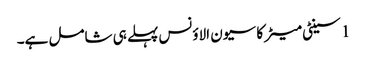
1 سینٹی میٹر کا سیون الاؤنس پہلے ہی شامل ہے۔